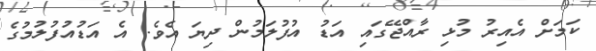
ކަމަށް އެއިރު މުޅި ރާއްޖޭގައި އަޑު އުފުލަމުން ދިޔަ އެވެ. އެ އަޑުއުފުލުމުގެ